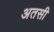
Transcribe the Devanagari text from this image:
अतसी